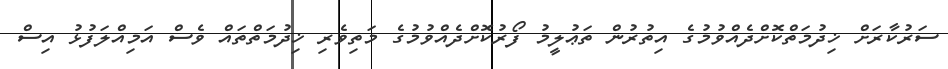
ސަރުކާރަށް ޚިދުމަތްކޮށްދެއްވުމުގެ އިތުރުން ތަޢުލީމު ފޯރުކޮށްދެއްވުމުގެ މަތިވެރި ޚިދުމަތްތައް ވެސް އަމިއްލަފުޅު އިސް